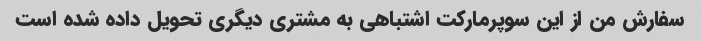
سفارش من از این سوپرمارکت اشتباهی به مشتری دیگری تحویل داده شده است